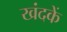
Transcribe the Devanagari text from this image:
खंदकें